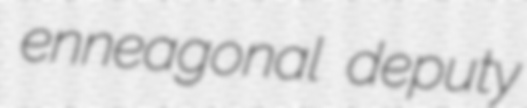
enneagonal deputy